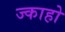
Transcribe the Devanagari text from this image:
ज्काहो